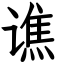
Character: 谯